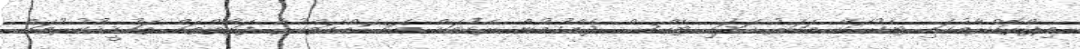
މިޕްރޮގްރާމުގައި ޓެކުހަށް މަކަރު ހަދައި ޓެކްސް ދެއްކުމުން ރެކުމަށް މަސައްކަތްކުރާ ފަރާތްތައް ތަހުޤީޤުކުރުމަށް